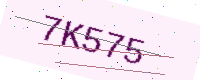
Text: 7K575